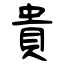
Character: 貴